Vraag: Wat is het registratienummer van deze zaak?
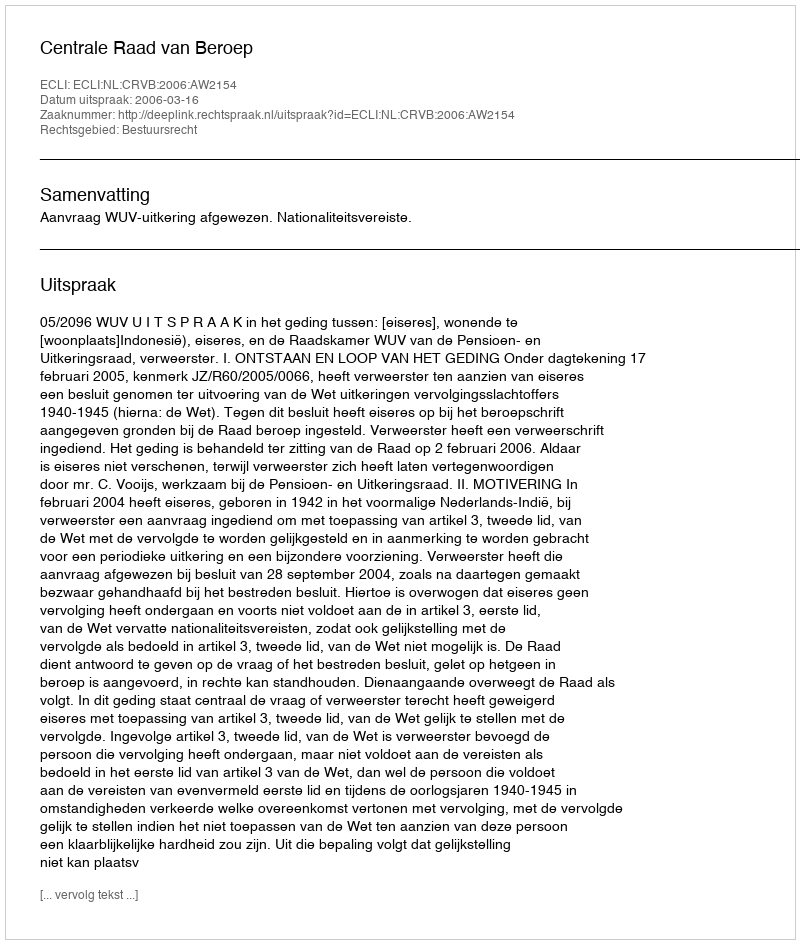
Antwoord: http://deeplink.rechtspraak.nl/uitspraak?id=ECLI:NL:CRVB:2006:AW2154